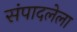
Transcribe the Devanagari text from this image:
संपादलेला